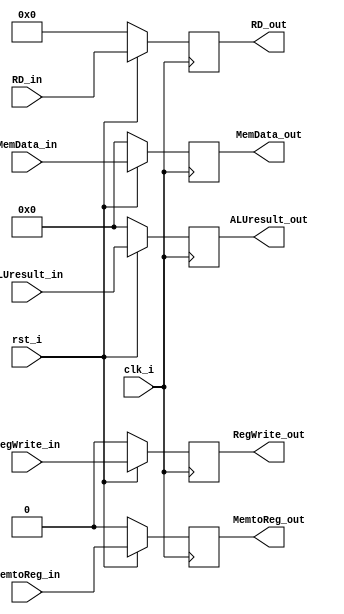
/***************************************************
Student Name: , 
Student ID: 0716229, 0716236
***************************************************/

`timescale 1ns/1ps

module Pipeline4_MEMWB_Reg(
    input           	 clk_i,
    input           	 rst_i,
    input  		 RegWrite_in,
    input		 MemtoReg_in,
    input		[31:0] MemData_in,
    input		[31:0] ALUresult_in,
    input		[4:0] RD_in,
    output wire 	 RegWrite_out,
    output wire 	 MemtoReg_out,
    output wire 	[31:0] MemData_out,
    output wire 	[31:0] ALUresult_out,
    output wire 	[4:0] RD_out
    );
          
reg signed  RegWrite;		reg signed  MemtoReg;		reg signed  [31:0] MemData;
reg signed [31:0] ALUresult;	reg signed [4:0] RD;     

assign RegWrite_out = RegWrite;		assign MemtoReg_out = MemtoReg;		assign MemData_out = MemData;
assign ALUresult_out = ALUresult;	assign RD_out = RD;  

always @(posedge clk_i) begin
    if(~rst_i) begin
		RegWrite <= 0;	MemtoReg <= 0;	MemData <= 0;
		ALUresult <= 0;	RD <= 0;   
	end
    else begin
		RegWrite <= RegWrite_in;	MemtoReg <= MemtoReg_in;	MemData <= MemData_in;
		ALUresult <= ALUresult_in;	RD <= RD_in; 
	end
end

endmodule